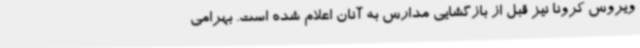
ویروس کرونا نیز قبل از بازگشایی مدارس به آنان اعلام شده است. بهرامی